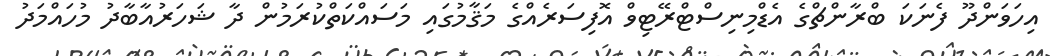
އިހަވަންދޫ ފެނަކަ ބްރާންޗްގެ އެޑްމިނިސްޓްރޭޓިވް އޮފިސަރެއްގެ މަޤާމުގައި މަސައްކަތްކުރަމުން ދާ ޝަހަރުއާބާދު މުހައްމަދު